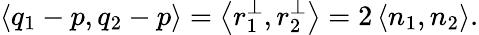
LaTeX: \left<{q_{1}-p,q_{2}-p}\right>=\left<{r_{1}^{\perp},r_{2}^{\perp}}\right>=2\left<{n_{1},n_{2}}\right>.